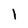
Character: l